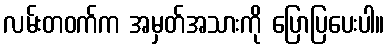
လမ်းတဝက်က အမှတ်အသားကို ပြောပြပေးပါ။